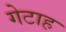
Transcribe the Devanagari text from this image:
गेटाह